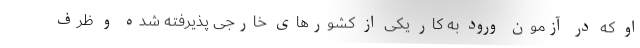
او که در آزمون ورود به کار یکی از کشورهای خارجی پذیرفته شده و ظرف